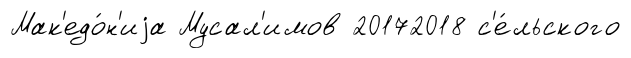
Мак'едо́н'иjа Мусал'имов 20172018 с'е́льского